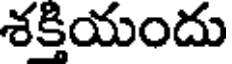
శక్తియందు